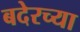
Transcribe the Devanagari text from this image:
बदेरच्या